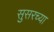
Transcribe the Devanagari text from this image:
सुसरच्या